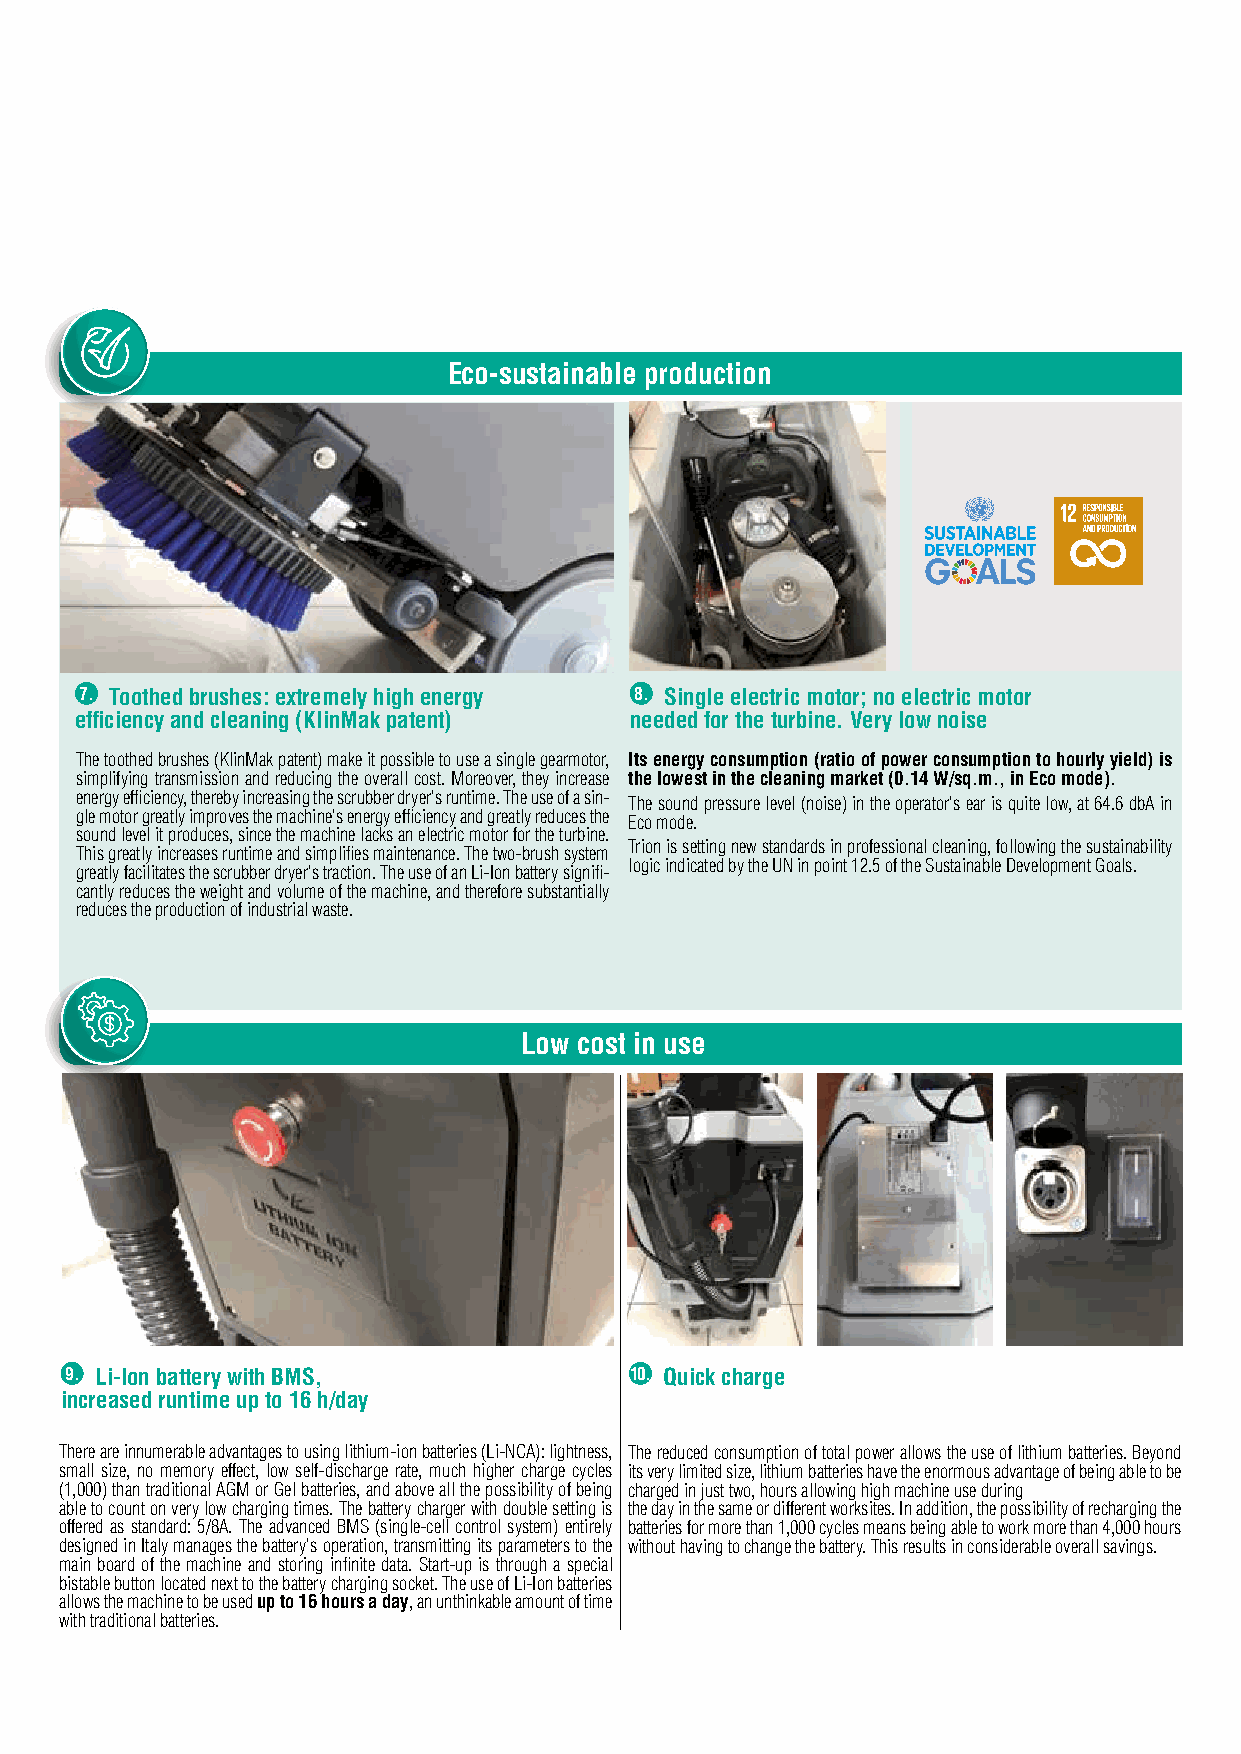
Eco-sustainable production
 7. Toothed brushes: extremely high energy 8. Single electric motor; no electric motor
 efficiency and cleaning (KlinMak patent) needed for the turbine. Very low noise
 The toothed brushes (KlinMak patent) make it possible to use a single gearmotor, Its energy consumption (ratio of power consumption to hourly yield) is
 simplifying transmission and reducing the overall cost. Moreover, they increase the lowest in the cleaning market (0.14 W/sq.m., in Eco mode).
 energy efficiency, thereby increasing the scrubber dryer's runtime. The use of a sin- The sound pressure level (noise) in the operator's ear is quite low, at 64.6 dbA in
 gle motor greatly improves the machine's energy efficiency and greatly reduces the Eco mode.
 sound level it produces, since the machine lacks an electric motor for the turbine.
 Trion is setting new standards in professional cleaning, following the sustainability
 This greatly increases runtime and simplifies maintenance. The two-brush system
 logic indicated by the UN in point 12.5 of the Sustainable Development Goals.
 greatly facilitates the scrubber dryer's traction. The use of an Li-Ion battery signifi-
 cantly reduces the weight and volume of the machine, and therefore substantially
 reduces the production of industrial waste.
 Low cost in use
 9. Li-Ion battery with BMS,           10. Quick charge
 increased runtime up to 16 h/day
 There are innumerable advantages to using lithium-ion batteries (Li-NCA): lightness, The reduced consumption of total power allows the use of lithium batteries. Beyond
 small size, no memory effect, low self-discharge rate, much higher charge cycles its very limited size, lithium batteries have the enormous advantage of being able to be
 (1,000) than traditional AGM or Gel batteries, and above all the possibility of being charged in just two, hours allowing high machine use during
 able to count on very low charging times. The battery charger with double setting is the day in the same or different worksites. In addition, the possibility of recharging the
 offered as standard: 5/8A. The advanced BMS (single-cell control system) entirely batteries for more than 1,000 cycles means being able to work more than 4,000 hours
 designed in Italy manages the battery's operation, transmitting its parameters to the without having to change the battery. This results in considerable overall savings.
 main board of the machine and storing infinite data. Start-up is through a special
 bistable button located next to the battery charging socket. The use of Li-Ion batteries
 allows the machine to be used up to 16 hours a day, an unthinkable amount of time
 with traditional batteries.